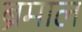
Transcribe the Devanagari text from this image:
ब्रेमाल